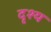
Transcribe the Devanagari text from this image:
दृश्‍य